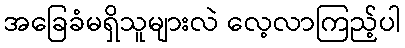
အခြေခံမရှိသူများလဲ လေ့လာကြည့်ပါ